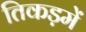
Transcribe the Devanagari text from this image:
तिकड़में